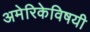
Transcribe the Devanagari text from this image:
अमेरिकेविषयी